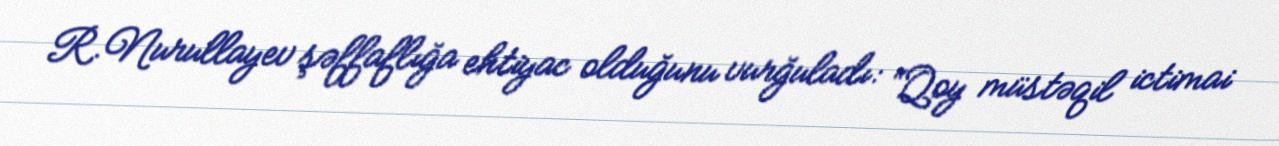
R.Nurullayev şəffaflığa ehtiyac olduğunu vurğuladı: “Qoy müstəqil ictimai